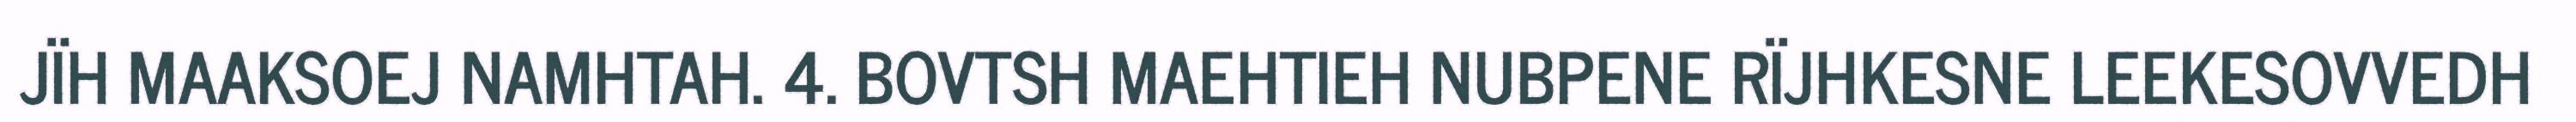
JÏH MAAKSOEJ NAMHTAH. 4. BOVTSH MAEHTIEH NUBPENE RÏJHKESNE LEEKESOVVEDH